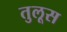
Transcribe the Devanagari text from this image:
तुलूस